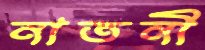
নাতনী